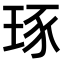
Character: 𤥨